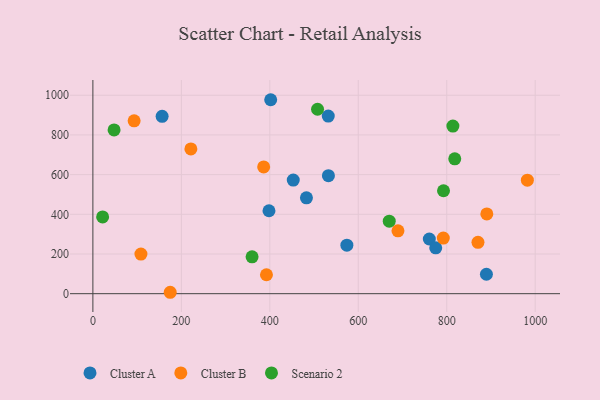
{"axis": {"x": "Experience", "y": "Profit"}, "legend": ["Cluster A", "Cluster B", "Scenario 2"], "data": [{"x": "402.0", "y": 977.3, "type": "Cluster A"}, {"x": "453.0", "y": 572.2, "type": "Cluster A"}, {"x": "482.8", "y": 482.9, "type": "Cluster A"}, {"x": "398.1", "y": 417.9, "type": "Cluster A"}, {"x": "532.5", "y": 594.8, "type": "Cluster A"}, {"x": "760.6", "y": 275.6, "type": "Cluster A"}, {"x": "574.2", "y": 244.4, "type": "Cluster A"}, {"x": "532.1", "y": 894.9, "type": "Cluster A"}, {"x": "156.5", "y": 893.9, "type": "Cluster A"}, {"x": "889.7", "y": 97.9, "type": "Cluster A"}, {"x": "775.1", "y": 231.2, "type": "Cluster A"}, {"x": "386.1", "y": 638.8, "type": "Cluster B"}, {"x": "174.8", "y": 7.1, "type": "Cluster B"}, {"x": "108.6", "y": 199.7, "type": "Cluster B"}, {"x": "890.6", "y": 401.8, "type": "Cluster B"}, {"x": "392.4", "y": 95.4, "type": "Cluster B"}, {"x": "792.2", "y": 280.0, "type": "Cluster B"}, {"x": "221.5", "y": 729.3, "type": "Cluster B"}, {"x": "689.7", "y": 316.6, "type": "Cluster B"}, {"x": "93.2", "y": 870.9, "type": "Cluster B"}, {"x": "870.6", "y": 258.7, "type": "Cluster B"}, {"x": "982.3", "y": 571.8, "type": "Cluster B"}, {"x": "813.9", "y": 844.3, "type": "Scenario 2"}, {"x": "507.9", "y": 929.2, "type": "Scenario 2"}, {"x": "47.9", "y": 824.9, "type": "Scenario 2"}, {"x": "670.0", "y": 365.4, "type": "Scenario 2"}, {"x": "792.7", "y": 518.6, "type": "Scenario 2"}, {"x": "818.1", "y": 679.5, "type": "Scenario 2"}, {"x": "22.0", "y": 386.8, "type": "Scenario 2"}, {"x": "359.9", "y": 185.5, "type": "Scenario 2"}]}